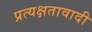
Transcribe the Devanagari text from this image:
प्रत्यक्षतावादी